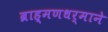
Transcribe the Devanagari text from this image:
ब्राह्मणधर्माने